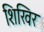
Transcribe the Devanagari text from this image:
शिखिर